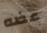
عضه